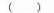
（）